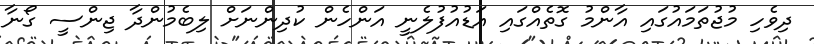
ދިވެހި މުޖުތަމައުގައި އާންމު ގޮތެއްގައި އަޑުއުފުލެނީ އަންހެން ކުދިންނަށް ލިބެމުންދާ ޖިންސީ ގޯނާ